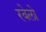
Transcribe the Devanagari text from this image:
रबेलो